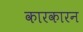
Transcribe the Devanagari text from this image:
कारकारन